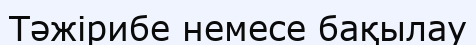
Тәжірибе немесе бақылау